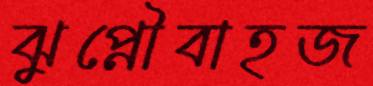
ঝুপ্‌নৌবাহজ